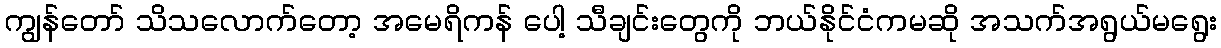
ကျွန်တော် သိသလောက်တော့ အမေရိကန် ပေါ့ သီချင်းတွေကို ဘယ်နိုင်ငံကမဆို အသက်အရွယ်မရွေး